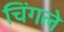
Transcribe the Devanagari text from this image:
चिंगले